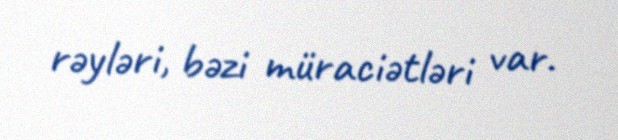
rəyləri, bəzi müraciətləri var.